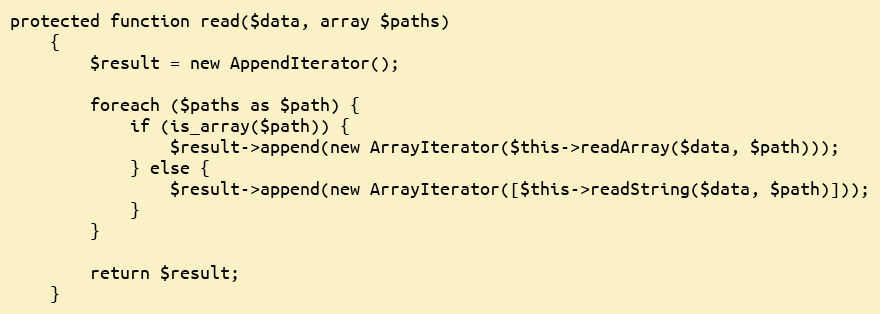
Language: PHP
protected function read($data, array $paths)
    {
        $result = new AppendIterator();

        foreach ($paths as $path) {
            if (is_array($path)) {
                $result->append(new ArrayIterator($this->readArray($data, $path)));
            } else {
                $result->append(new ArrayIterator([$this->readString($data, $path)]));
            }
        }

        return $result;
    }